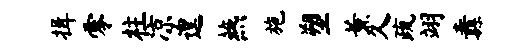
揖零柱凉遑燕施塑薰久疏翊纛